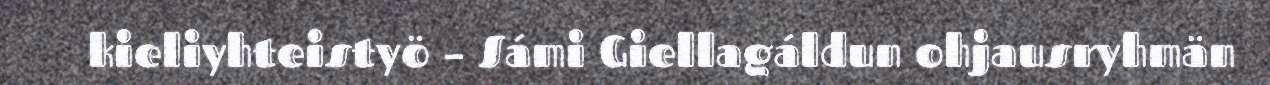
kieliyhteistyö – Sámi Giellagáldun ohjausryhmän